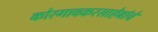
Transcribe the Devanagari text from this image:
कोरगावकरसाहेबांचे